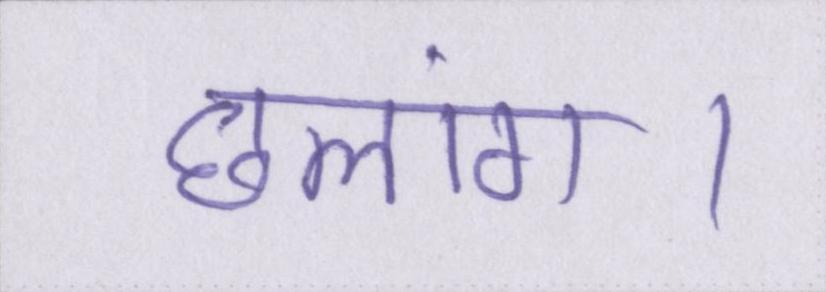
छलांग।